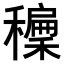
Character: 𥣝